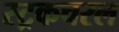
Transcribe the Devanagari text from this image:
स्ट्रकचरल